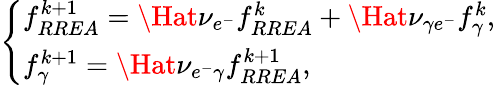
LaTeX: \left\{ \begin{array}{ll}{f_{RREA}^{k+1}=\Hat{\nu}_{e^{-}}f_{RREA}^{k}+\Hat{\nu}_{\gamma e^{-}}f_{\gamma}^{k},}\\ {f_{\gamma}^{k+1}=\Hat{\nu}_{e^{-}\gamma}f_{RREA}^{k+1},}\end{array}\right.